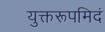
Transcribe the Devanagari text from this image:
युक्तरूपमिदं